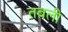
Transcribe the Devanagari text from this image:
तबली